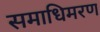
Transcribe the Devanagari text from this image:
समाधिमरण